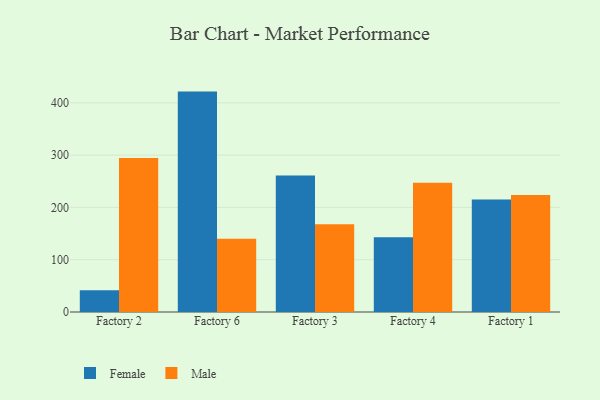
{"axis": {"x": "Factory", "y": "Net Income (USD K)"}, "legend": ["Female", "Male"], "data": [{"x": "Factory 2", "y": 41.4, "type": "Female"}, {"x": "Factory 2", "y": 294.5, "type": "Male"}, {"x": "Factory 6", "y": 421.4, "type": "Female"}, {"x": "Factory 6", "y": 140.0, "type": "Male"}, {"x": "Factory 3", "y": 261.2, "type": "Female"}, {"x": "Factory 3", "y": 167.9, "type": "Male"}, {"x": "Factory 4", "y": 143.0, "type": "Female"}, {"x": "Factory 4", "y": 247.0, "type": "Male"}, {"x": "Factory 1", "y": 215.3, "type": "Female"}, {"x": "Factory 1", "y": 223.6, "type": "Male"}]}